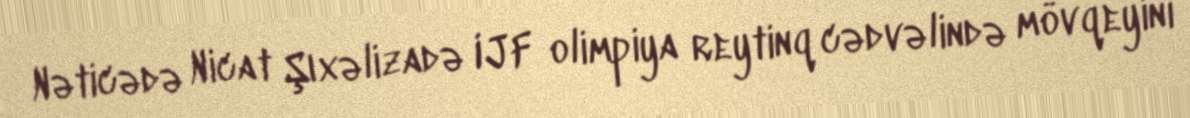
Nəticədə Nicat Şıxəlizadə IJF olimpiya reytinq cədvəlində mövqeyini